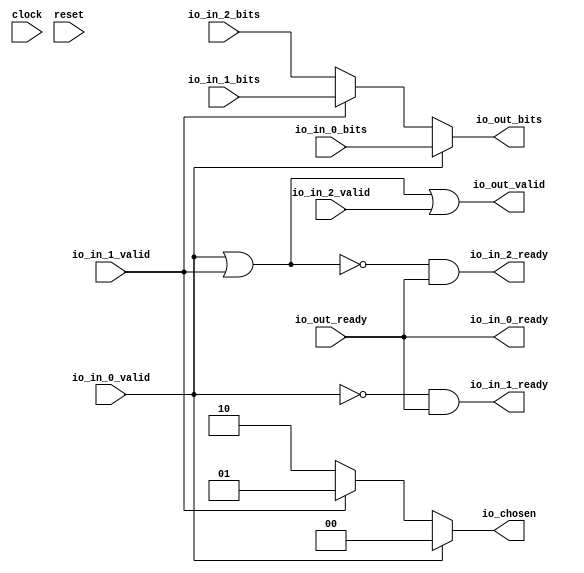
module Arbiter_19(
  input        clock,
  input        reset,
  output       io_in_0_ready,
  input        io_in_0_valid,
  input  [4:0] io_in_0_bits,
  output       io_in_1_ready,
  input        io_in_1_valid,
  input  [4:0] io_in_1_bits,
  output       io_in_2_ready,
  input        io_in_2_valid,
  input  [4:0] io_in_2_bits,
  input        io_out_ready,
  output       io_out_valid,
  output [4:0] io_out_bits,
  output [1:0] io_chosen
);
  wire [1:0] _GEN_0 = io_in_1_valid ? 2'h1 : 2'h2; // @[Arbiter.scala 126:27 Arbiter.scala 127:17 Arbiter.scala 123:13]
  wire [4:0] _GEN_1 = io_in_1_valid ? io_in_1_bits : io_in_2_bits; // @[Arbiter.scala 126:27 Arbiter.scala 128:19 Arbiter.scala 124:15]
  wire  grant_1 = ~io_in_0_valid; // @[Arbiter.scala 31:78]
  wire  grant_2 = ~(io_in_0_valid | io_in_1_valid); // @[Arbiter.scala 31:78]
  assign io_in_0_ready = io_out_ready; // @[Arbiter.scala 134:19]
  assign io_in_1_ready = grant_1 & io_out_ready; // @[Arbiter.scala 134:19]
  assign io_in_2_ready = grant_2 & io_out_ready; // @[Arbiter.scala 134:19]
  assign io_out_valid = ~grant_2 | io_in_2_valid; // @[Arbiter.scala 135:31]
  assign io_out_bits = io_in_0_valid ? io_in_0_bits : _GEN_1; // @[Arbiter.scala 126:27 Arbiter.scala 128:19]
  assign io_chosen = io_in_0_valid ? 2'h0 : _GEN_0; // @[Arbiter.scala 126:27 Arbiter.scala 127:17]
endmodule